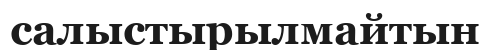
салыстырылмайтын